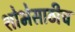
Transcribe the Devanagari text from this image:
शोभेसाठीच